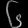
Digit: ၆